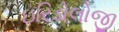
ઇરિડોલોજી